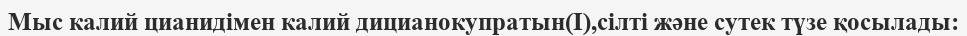
Мыс калий цианидімен калий дицианокупратын(I),сілті және сутек түзе қосылады: